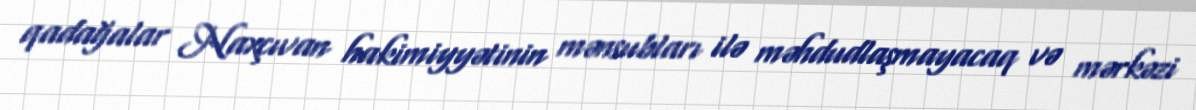
qadağalar Naxçıvan hakimiyyətinin mənsubları ilə məhdudlaşmayacaq və mərkəzi